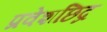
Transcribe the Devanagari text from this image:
प्रवेशछिद्र